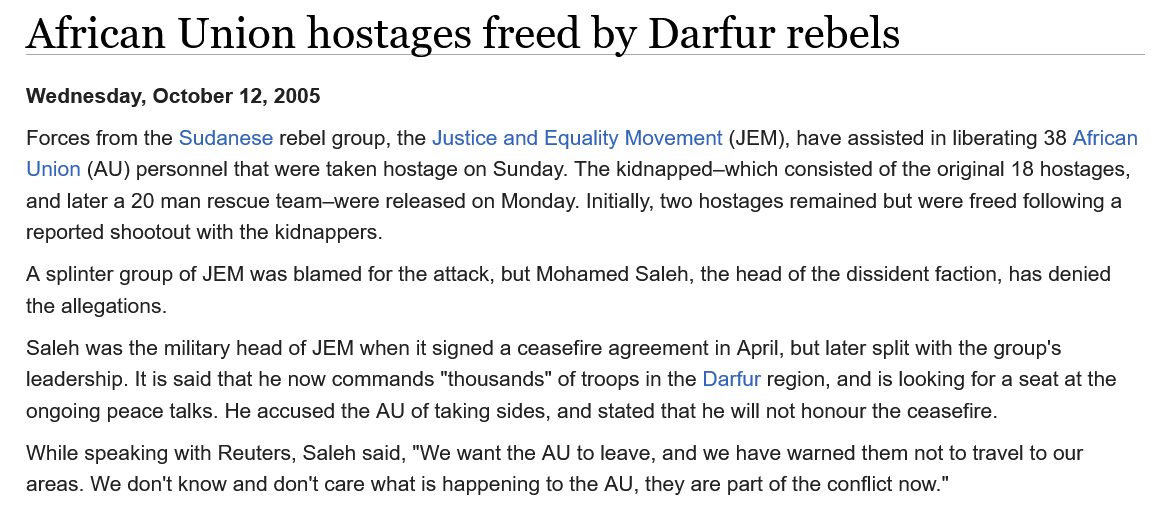
African    Union    hostages    freed    by   Darfur    rebels
   Forces from the Sudanese rebel group, the Justice and Equality Movement (JEM), have assisted in liberating 38 African
   Union (AU) personnel that were taken hostage on Sunday. The kidnapped-which consisted of the original 18 hostages,
   and later a 20 man rescue team-were released on Monday. Initially, two hostages remained but were freed following a
   reported shootout with the kidnappers.
   A splinter group of JEM was blamed for the attack, but Mohamed Saleh, the head of the dissident faction, has denied
   the allegations.
   Saleh was the military head of JEM when it signed a ceasefire agreement in April, but later split with the group's
   leadership. It is said that he now commands "thousands" of troops in the Darfur region, and is looking for a seat at the
   ongoing peace talks. He accused the AU of taking sides, and stated that he will not honour the ceasefire.
   While speaking with Reuters, Saleh said, "We want the AU to leave, and we have warned them not to travel to our
   areas. We don't know and don't care what is happening to the AU, they are part of the conflict now."
   Wednesday, October 12, 2005